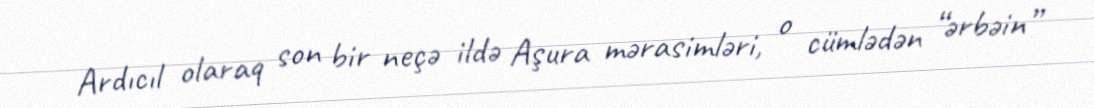
Ardıcıl olaraq son bir neçə ildə Aşura mərasimləri, o cümlədən “ərbəin”